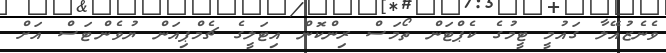
ވެނެޒުއޭލާ ގައުމީ ޓީމުގެ ކެޕްޓަން ތޯމަސް ރިންކޮން އިޓަލީގެ ޗެމްޕިއަން ޔުވެންޓަސް އަށް